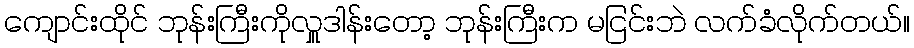
ကျောင်းထိုင် ဘုန်းကြီးကိုလှူဒါန်းတော့ ဘုန်းကြီးက မငြင်းဘဲ လက်ခံလိုက်တယ်။